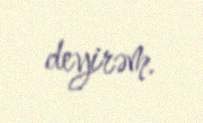
deyirəm.